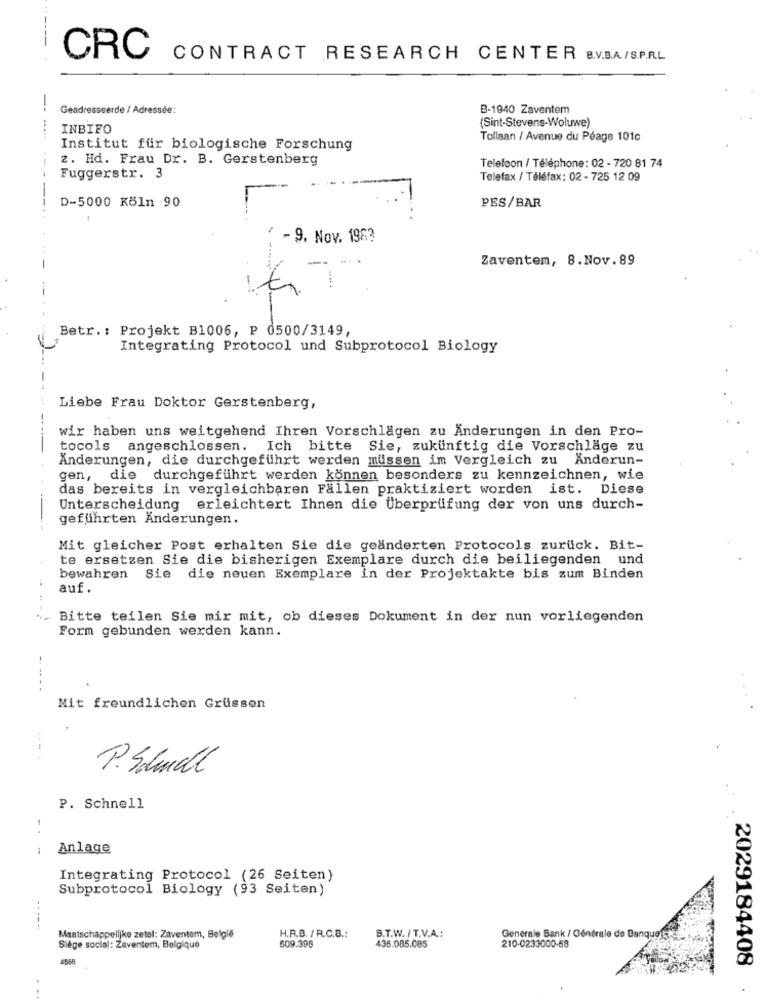
CRC
CONTRACT RESEARCH CENTER B.V.B.A/S.P.R.L
--
Geadresseerde / Adressée:
B-1940 Zaventem
INBIFO
(Sint-Stevens-Woluwe)
Tollaan / Avenue du Péage 101c
Institut für biologische Forschung
z. Hd. Frau Dr. B. Gerstenberg
Telefoon / Téléphone : 02 - 720 81 74
Fuggerstr. 3
Telefax / Téléfax: 02 - 725 12 09
D-5000 Köln 90
PES/BAR
..
-9. Nov. 198?
Zaventem, 8.Nov.89
Betr .: Projekt B1006, P 0500/3149,
Integrating Protocol und Subprotocol Biology
Liebe Frau Doktor Gerstenberg,
wir haben uns weitgehend Ihren Vorschlagen zu Änderungen in den Pro-
tocols angeschlossen. Ich bitte Sie, zukünftig die Vorschläge zu
Änderungen, die durchgeführt werden müssen im Vergleich zu Änderun-
gen, die durchgeführt werden können besonders zu kennzeichnen, wie
das bereits in vergleichbaren Fällen praktiziert worden ist. Diese
Unterscheidung erleichtert Ihnen die Überprüfung der von uns durch-
geführten Änderungen.
Mit gleicher Post erhalten Sie die geänderten Protocols zurück. Bit-
te ersetzen Sie die bisherigen Exemplare durch die beiliegenden und
bewahren Sie die neuen Exemplare in der Projektakte bis zum Binden
auf.
Bitte teilen Sie mir mit, ob dieses Dokument in der nun vorliegenden
Form gebunden werden kann.
Mit freundlichen Grüssen
P. Schudt
P. Schnell
1
Anlage
Integrating Protocol (26 Seiten)
Subprotocol Biology (93 Seiten)
---
...
Maatschappelijke zetel: Zaventem, België
H.R.B. / A.C.B .:
509.398
B.T.W. / T.V.A .:
Generale Bank / Générale de Banquets
Siège social: Zaventem, Belgique
435.085.085
210-0233000-58
4566
2029184408